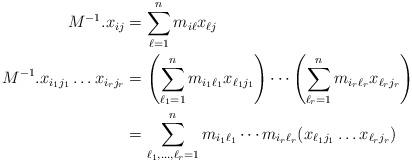
LaTeX: \begin{align*} M^{-1}.x_{ij}&=\sum_{\ell=1}^n m_{i\ell}x_{\ell j}\\ M^{-1}.x_{i_1j_1}\dots x_{i_rj_r}&=\left(\sum_{\ell_1=1}^n m_{i_1\ell_1}x_{\ell_1 j_1}\right)\cdots\left(\sum_{\ell_r=1}^n m_{i_r\ell_r}x_{\ell_r j_r}\right)\\ &=\sum_{\ell_1,\dots,\ell_r=1}^n m_{i_1\ell_1}\cdots m_{i_r\ell_r} (x_{\ell_1j_1}\dots x_{\ell_rj_r})\end{align*}